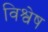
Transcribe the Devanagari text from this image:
विश्वेष